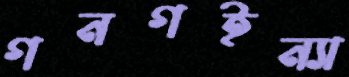
গনগইন্যা